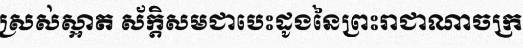
ស្រស់ស្អាត ស័ក្តិសមជាបេះដូងនៃព្រះរាជាណាចក្រ